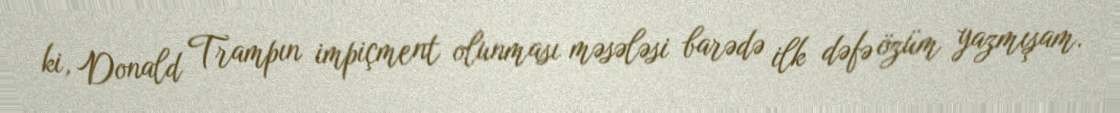
ki, Donald Trampın impiçment olunması məsələsi barədə ilk dəfə özüm yazmışam.